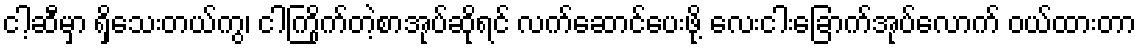
ငါ့ဆီမှာ ရှိသေးတယ်ကွ၊ ငါကြိုက်တဲ့စာအုပ်ဆိုရင် လက်ဆောင်ပေးဖို့ လေးငါးခြောက်အုပ်လောက် ဝယ်ထားတာ